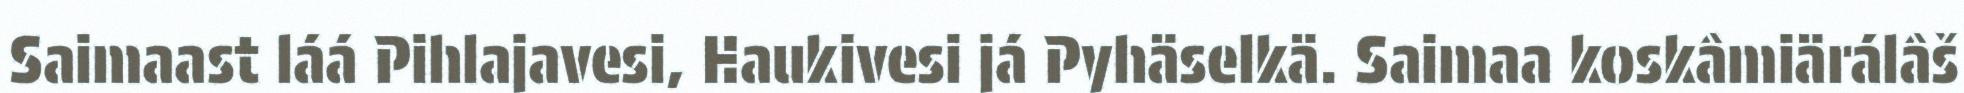
Saimaast láá Pihlajavesi, Haukivesi já Pyhäselkä. Saimaa koskâmiärálâš